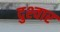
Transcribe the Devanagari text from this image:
दुश्‍वार